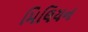
મિલિયન